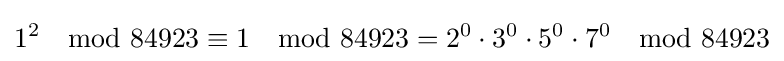
1^{2}\mod 84923\equiv 1\mod 84923=2^{0}\cdot 3^{0}\cdot 5^{0}\cdot 7^{0}\mod 84923